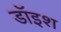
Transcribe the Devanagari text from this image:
डॉइश